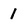
Character: 1